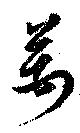
万